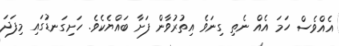
އެއްވެސް ހަމަ އެއް ނެތި ގިނަވެ އިތުރުވާން ފަށާ ބައްޔެކެވެ. ހަށިގަނޑުގައި މިފަދަ